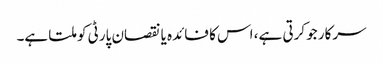
سرکار جو کرتی ہے، اس کا فائدہ یا نقصان پارٹی کو ملتا ہے۔